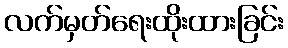
လက်မှတ်ရေးထိုးထားခြင်း